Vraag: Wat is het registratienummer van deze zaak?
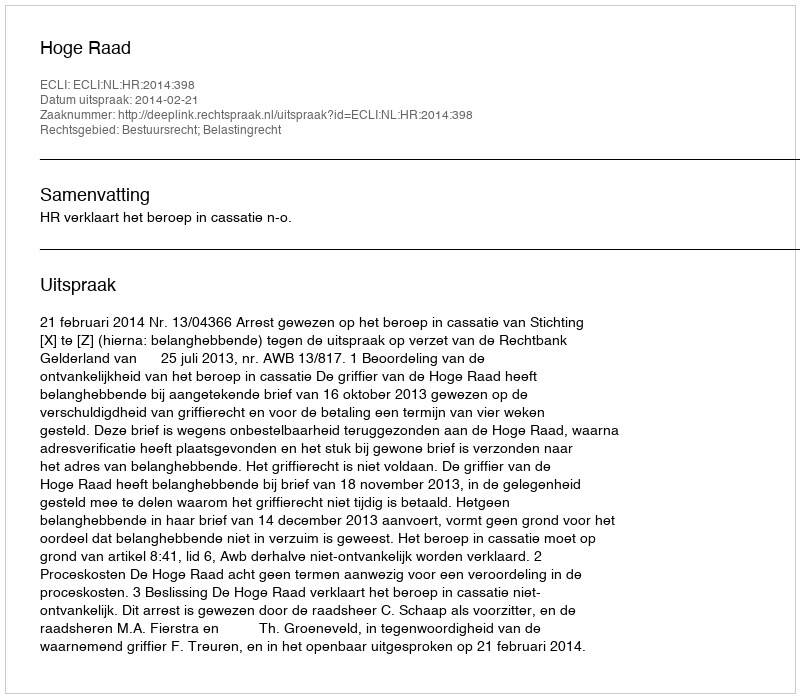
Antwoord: http://deeplink.rechtspraak.nl/uitspraak?id=ECLI:NL:HR:2014:398